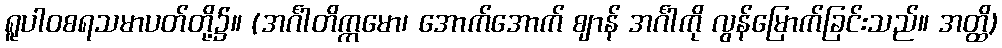
ရူပါဝစရသမာပတ်တို့၌။ (အင်္ဂါတိက္ကမော၊ အောက်အောက် ဈာန် အင်္ဂါကို လွန်မြောက်ခြင်းသည်။ အတ္ထိ)